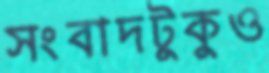
সংবাদটুকুও